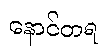
နောင်တရ